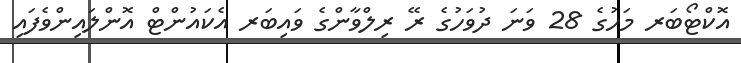
އޮކްޓޯބަރ މަހުގެ 28 ވަނަ ދުވަހުގެ ރޭ ރިލްވާންގެ ވައިބަރ އެކައުންޓް އޮންލައިންވެފައި